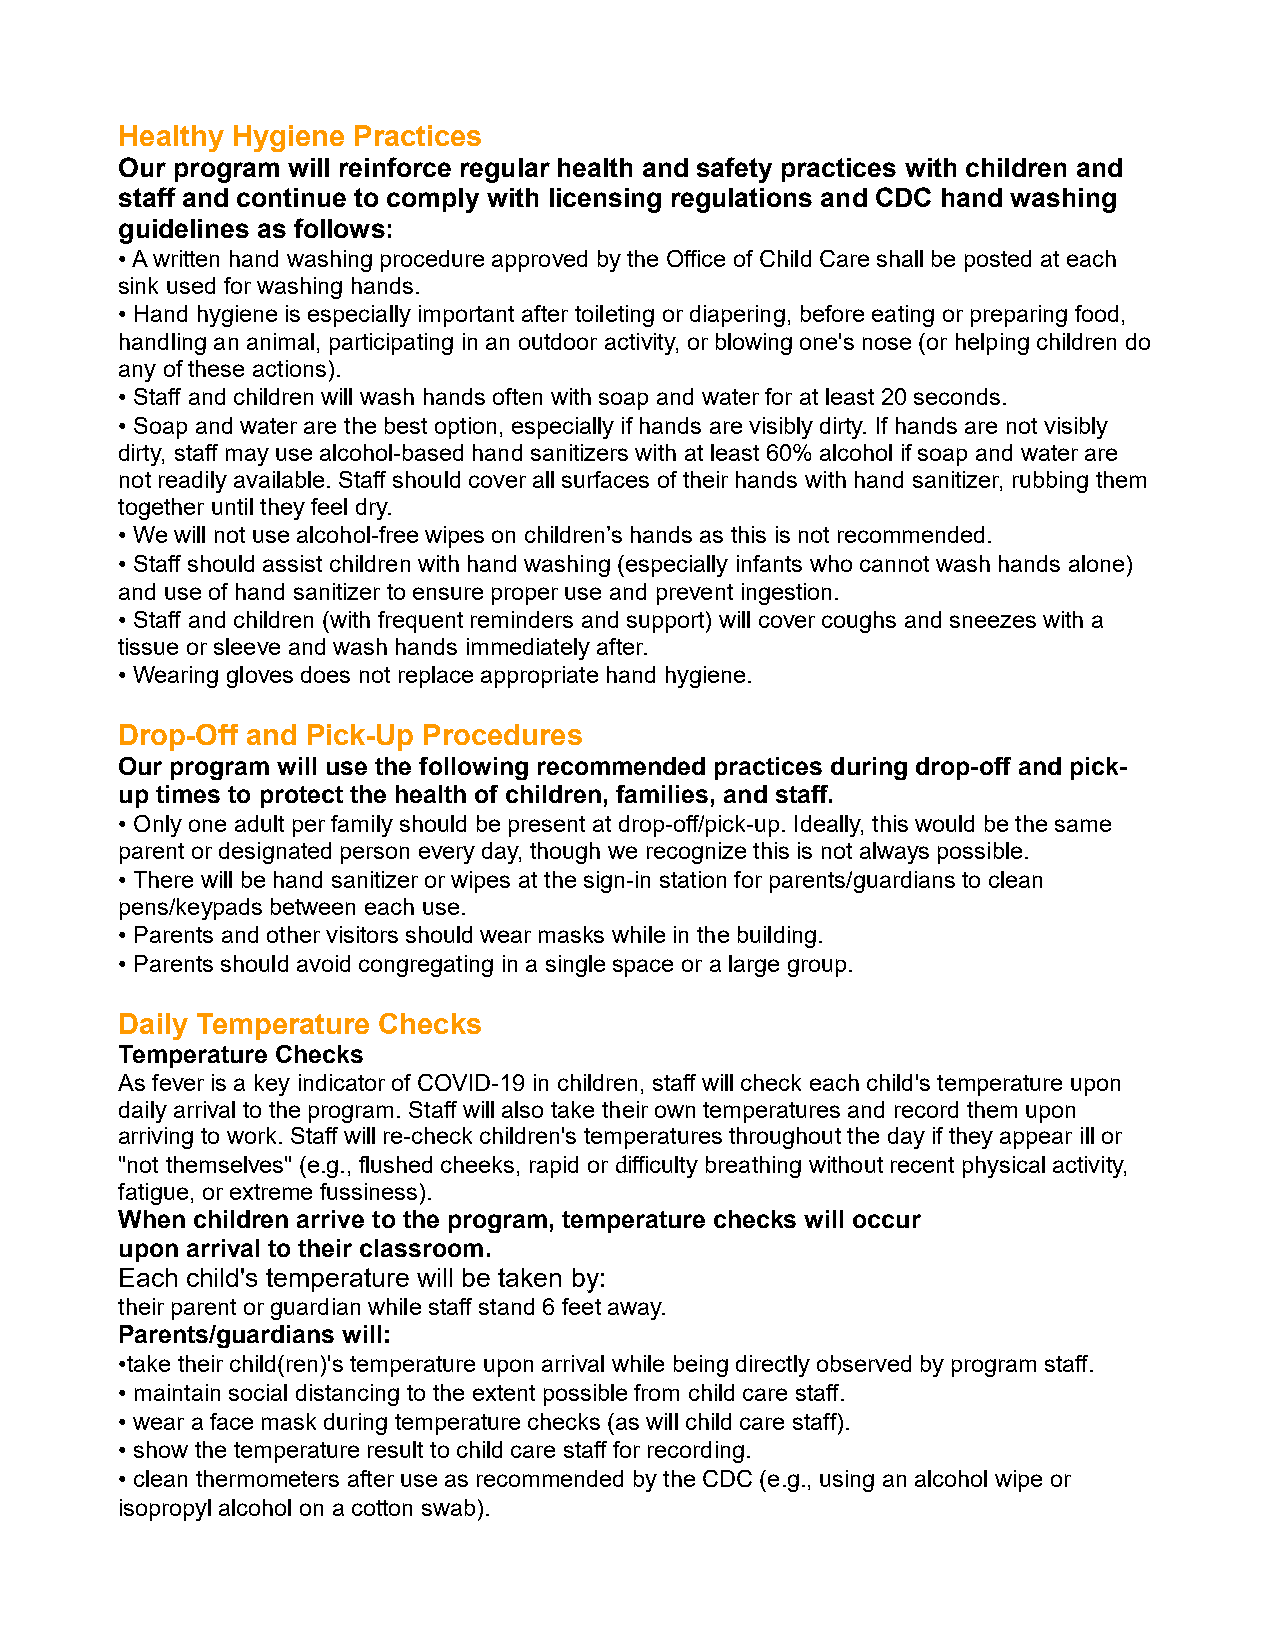
Healthy Hygiene Practices
 Our program will reinforce regular health and safety practices with children and
 staff and continue to comply with licensing regulations and CDC hand washing
 guidelines as follows:
 • A written hand washing procedure approved by the Office of Child Care shall be posted at each
 sink used for washing hands.
 • Hand hygiene is especially important after toileting or diapering, before eating or preparing food,
 handling an animal, participating in an outdoor activity, or blowing one's nose (or helping children do
 any of these actions).
 • Staff and children will wash hands often with soap and water for at least 20 seconds.
 • Soap and water are the best option, especially if hands are visibly dirty. If hands are not visibly
 dirty, staff may use alcohol-based hand sanitizers with at least 60% alcohol if soap and water are
 not readily available. Staff should cover all surfaces of their hands with hand sanitizer, rubbing them
 together until they feel dry.
 • We will not use alcohol-free wipes on children’s hands as this is not recommended.
 • Staff should assist children with hand washing (especially infants who cannot wash hands alone)
 and use of hand sanitizer to ensure proper use and prevent ingestion.
 • Staff and children (with frequent reminders and support) will cover coughs and sneezes with a
 tissue or sleeve and wash hands immediately after.
 • Wearing gloves does not replace appropriate hand hygiene.
 Drop-Off and Pick-Up Procedures
 Our program will use the following recommended practices during drop-off and pick-
 up times to protect the health of children, families, and staff.
 • Only one adult per family should be present at drop-off/pick-up. Ideally, this would be the same
 parent or designated person every day, though we recognize this is not always possible.
 • There will be hand sanitizer or wipes at the sign-in station for parents/guardians to clean
 pens/keypads between each use.
 • Parents and other visitors should wear masks while in the building.
 • Parents should avoid congregating in a single space or a large group.
 Daily Temperature Checks
 Temperature Checks
 As fever is a key indicator of COVID-19 in children, staff will check each child's temperature upon
 daily arrival to the program. Staff will also take their own temperatures and record them upon
 arriving to work. Staff will re-check children's temperatures throughout the day if they appear ill or
 "not themselves" (e.g., flushed cheeks, rapid or difficulty breathing without recent physical activity,
 fatigue, or extreme fussiness).
 When children arrive to the program, temperature checks will occur
 upon arrival to their classroom.
 Each child's temperature will be taken by:
 their parent or guardian while staff stand 6 feet away.
 Parents/guardians will:
 •take their child(ren)'s temperature upon arrival while being directly observed by program staff.
 • maintain social distancing to the extent possible from child care staff.
 • wear a face mask during temperature checks (as will child care staff).
 • show the temperature result to child care staff for recording.
 • clean thermometers after use as recommended by the CDC (e.g., using an alcohol wipe or
 isopropyl alcohol on a cotton swab).